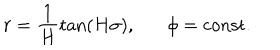
LaTeX: r = \frac { 1 } { H } \tan ( H \sigma ) , \phi = \mathrm { c o n s t . }